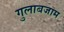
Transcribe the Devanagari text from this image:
गुलाबजाम